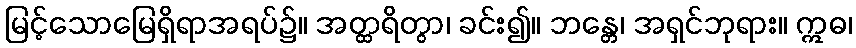
မြင့်သောမြေရှိရာအရပ်၌။ အတ္ထရိတွာ၊ ခင်း၍။ ဘန္တေ၊ အရှင်ဘုရား။ ဣဓ၊